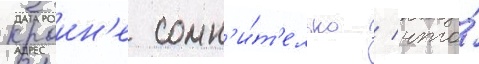
Краин'е сомн'и́т'ельно / что́